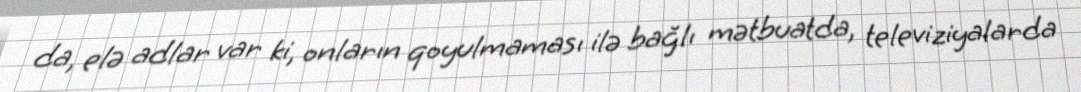
da, elə adlar var ki, onların qoyulmaması ilə bağlı mətbuatda, televiziyalarda